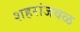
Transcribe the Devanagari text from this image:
शहरांजवळ